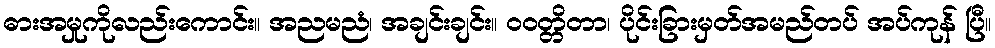
ဓားအမှုကိုလည်းကောင်း။ အညမညံ၊ အချင်းချင်း။ ဝဝတ္တိတာ၊ ပိုင်းခြားမှတ်အမည်တပ် အပ်ကုန် ပြီ။